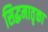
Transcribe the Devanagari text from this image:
सिद्धमातृका